Annual report on the health of the army in India
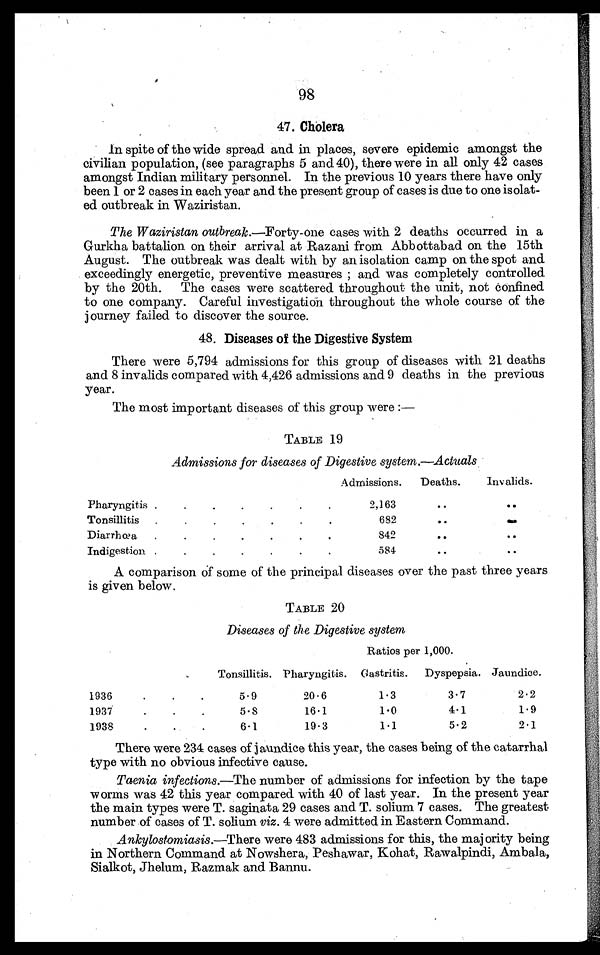
98
47. Cholera
In spite of the wide spread and in places, severe epidemic amongst the
civilian population, (see paragraphs 5 and 40), there were in all only 42 cases
amongst Indian military personnel. In the previous 10 years there have only
been 1 or 2 cases in each year and the present group of cases is due to one isolat-
ed outbreak in Waziristan.
The Waziristan outbreak .—Forty-one cases with 2 deaths occurred in a
Gurkha battalion on their arrival at Razani from Abbottabad on the 15th
August. The outbreak was dealt with by an isolation camp on the spot and
exceedingly energetic, preventive measures ; and was completely controlled
by the 20th. The cases were scattered throughout the unit, not confined
to one company. Careful investigation throughout the whole course of the
j o u r n e y f a i l e d t o d i s c o v e r t h e s o u r c e .
48. Diseases of the Digestive System
There were 5,794 admissions for this group of diseases with 21 deaths
and 8 invalids compared with 4,426 admissions and 9 deaths in the previous
year.
The most important diseases of this group were :—
TABLE 19
Admissions for diseases of Digestive system.—Actuals
Admissions.
Deaths.
Invalids.
Pharyngitis .
.
.
.
.
.
.
2,163
..
. .
Tonsillitis
.
.
.
.
.
.
.
682
. .
. .
Diarrhœa
.
.
.
.
.
.
.
842
. .
. .
Indigestion .
.
.
.
. .
.
584
. .
. .
A comparison Of some of the principal diseases over the past three years
is given below.
TABLE 20
Diseases of the Digestive system
Ratios per 1,000.
Tonsillitis. Pharyngitis.
Gastritis.
Dyspepsia. Jaundice.
1936
.
.
.
5.9
20.6
1.3
3.7
2.2
1937
.
.
.
5.8
16.1
1.0
4.1
1.9
1938
. .
.
6.1
19.3
1.1
5.2
2.1
There were 234 cases of jaundice this year, the cases being of the catarrhal
type with no obvious infective cause.
Taenia infections.—The number of admissions for infection by the tape
worms was 42 this year compared with 40 of last year. In the present year
the main types were T. saginata 29 cases and T. solium 7 cases. The greatest
number of cases of T. solium viz . 4 were admitted in Eastern Command.
Ankylostomiasis.—There were 483 admissions for this, the majority being
in Northern Command at Nowshera, Peshawar, Kohat, Rawalpindi, Ambala,
Sialkot, Jhelum, Razmak and Bannu.